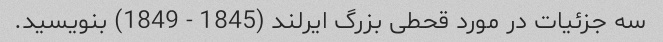
سه جزئیات در مورد قحطی بزرگ ایرلند (1845 - 1849) بنویسید.